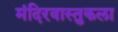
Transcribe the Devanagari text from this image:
मंदिरवास्तुकला